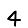
Digit: 4